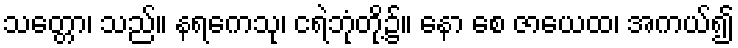
သတ္တော၊ သည်။ နရကေသု၊ ငရဲဘုံတို့၌။ နော စေ ဇာယေထ၊ အကယ်၍